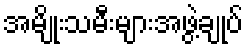
အမျိုးသမီးများအဖွဲ့ချုပ်